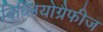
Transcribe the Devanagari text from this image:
बिब्लियोग्रैफीज